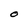
Character: O